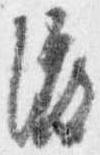
渡